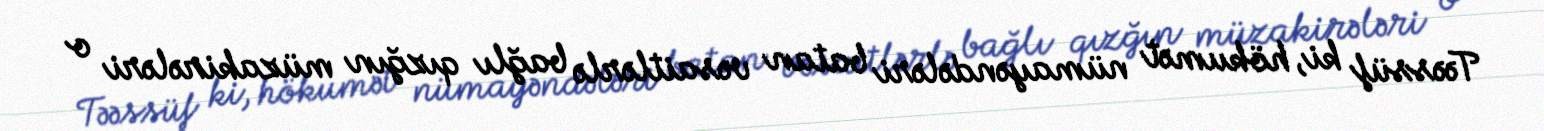
Təəssüf ki, hökumət nümayəndələri batan vəsaitlərlə bağlı qızğın müzakirələri o